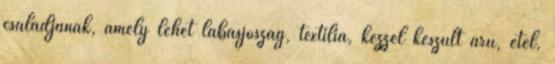
családjának, amely lehet lábasjószág, textília, kézzel készült áru, étel,